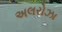
અલરોઝા